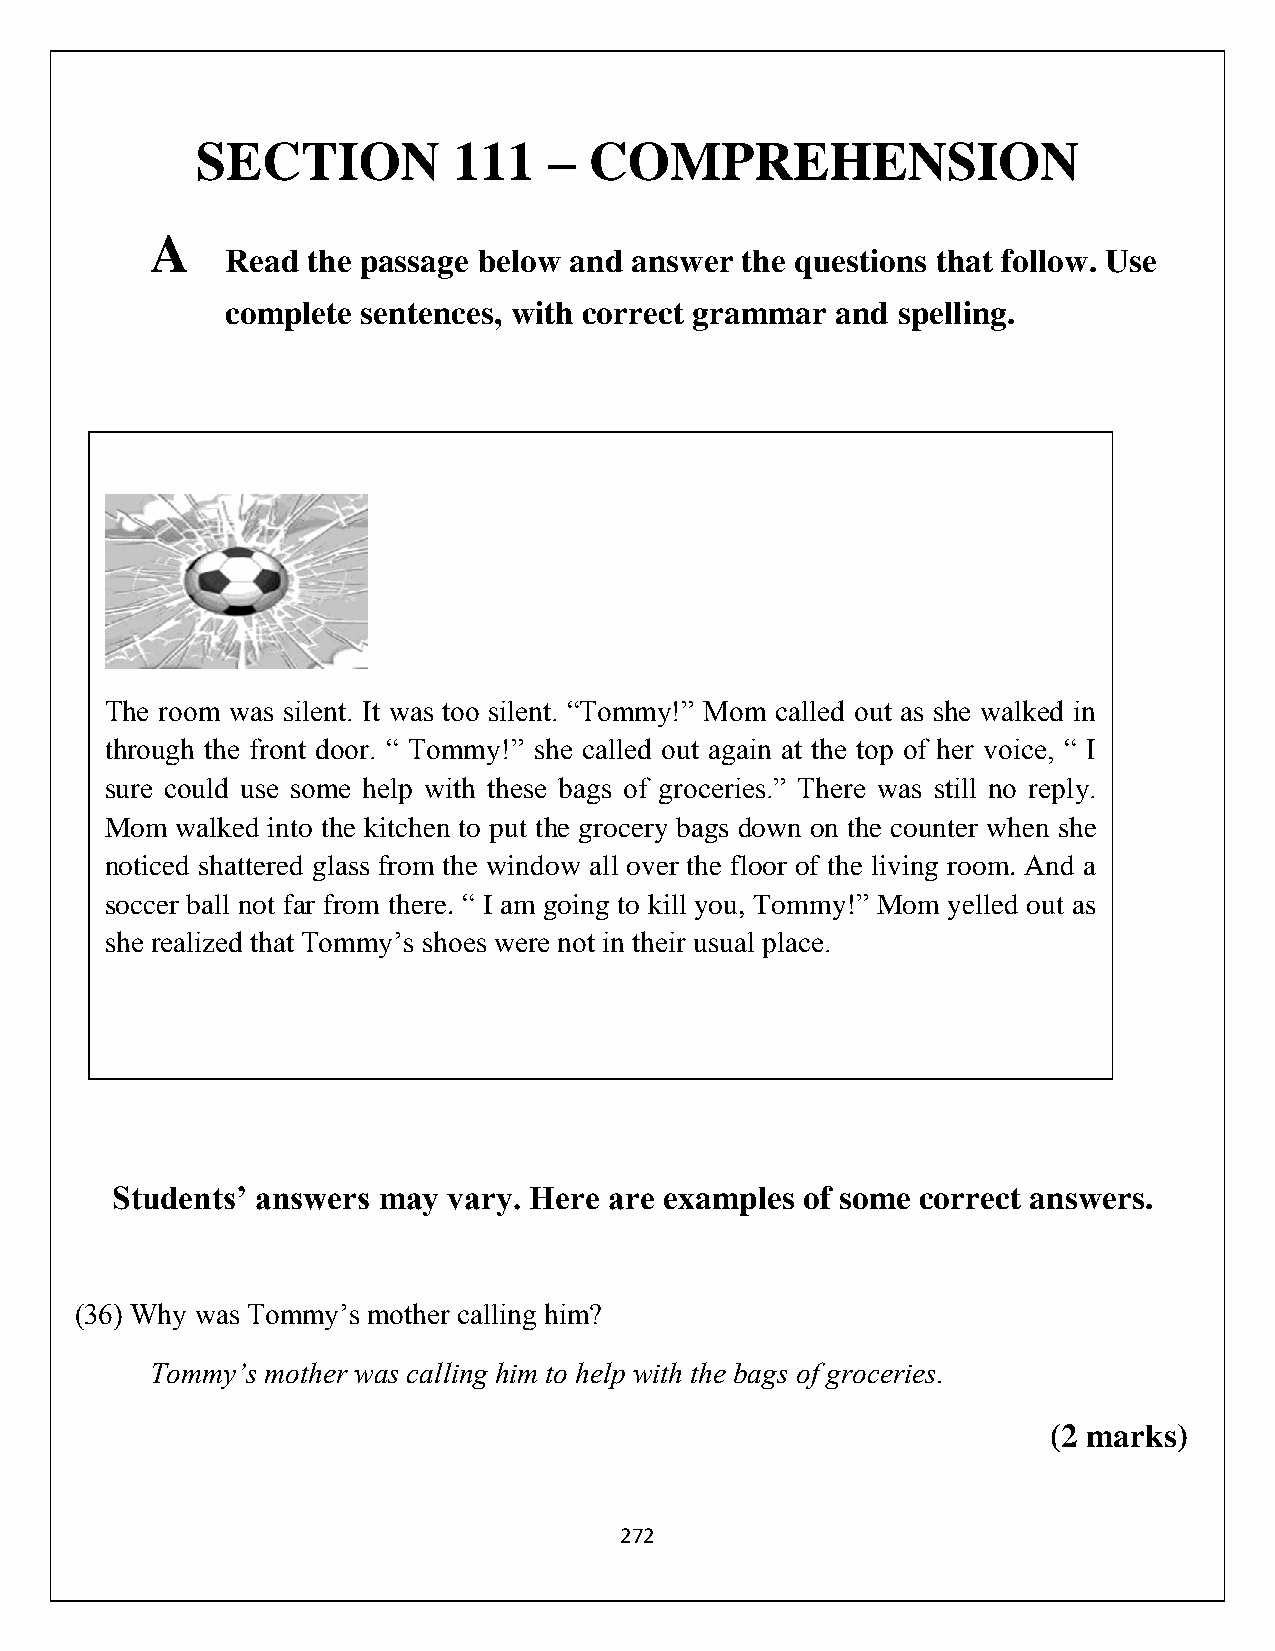
SECTION          111   –  COMPREHENSION
 A
 Read the passage below and answer the questions that follow. Use
 complete sentences, with correct grammar and spelling.
 The room was silent. It was too silent. “Tommy!” Mom called out as she walked in
 through the front door. “ Tommy!” she called out again at the top of her voice, “ I
 sure could use some help with these bags of groceries.” There was still no reply.
 Mom  walked into the kitchen to put the grocery bags down on the counter when she
 noticed shattered glass from the window all over the floor of the living room. And a
 soccer ball not far from there. “ I am going to kill you, Tommy!” Mom yelled out as
 she realized that Tommy’s shoes were not in their usual place.
 Students’ answers may  vary. Here are examples of some correct answers.
 (36) Why was Tommy’s mother calling him?
 Tommy’s mother was calling him to help with the bags of groceries.
 (2 marks)
 272